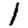
Digit: 1